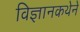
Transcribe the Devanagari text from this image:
विज्ञानकथेने